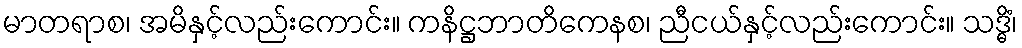
မာတရာစ၊ အမိနှင့်လည်းကောင်း။ ကနိဋ္ဌဘာတိကေနစ၊ ညီငယ်နှင့်လည်းကောင်း။ သဒ္ဓိံ၊